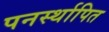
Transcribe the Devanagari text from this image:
पनर्स्थापित